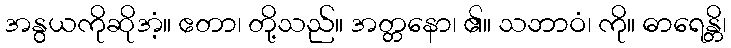
အနွယကိုဆိုအံ့။ ဧတာ၊ တို့သည်။ အတ္တနော၊ ၏။ သဘာဝံ၊ ကို။ ဓာရေန္တိ၊